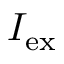
I _ { \mathrm { e x } }